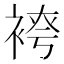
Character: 𫋾